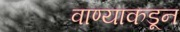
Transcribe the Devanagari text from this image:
वाण्याकडून